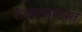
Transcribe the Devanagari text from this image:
राज्यांसमवेत